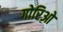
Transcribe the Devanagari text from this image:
गोरिओ